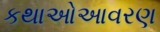
કથાઓઆવરણ